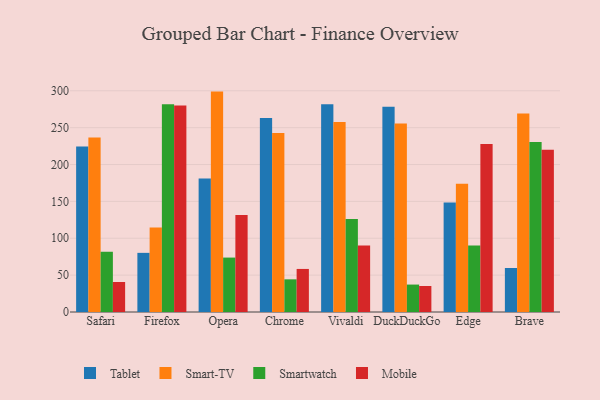
{"axis": {"x": "Browser", "y": "Conversion Rate (%)"}, "legend": ["Mobile", "Smart-TV", "Smartwatch", "Tablet"], "data": [{"x": "Safari", "y": 224.4, "type": "Tablet"}, {"x": "Safari", "y": 236.5, "type": "Smart-TV"}, {"x": "Safari", "y": 81.7, "type": "Smartwatch"}, {"x": "Safari", "y": 40.7, "type": "Mobile"}, {"x": "Firefox", "y": 80.2, "type": "Tablet"}, {"x": "Firefox", "y": 114.5, "type": "Smart-TV"}, {"x": "Firefox", "y": 281.9, "type": "Smartwatch"}, {"x": "Firefox", "y": 280.1, "type": "Mobile"}, {"x": "Opera", "y": 181.1, "type": "Tablet"}, {"x": "Opera", "y": 298.9, "type": "Smart-TV"}, {"x": "Opera", "y": 73.8, "type": "Smartwatch"}, {"x": "Opera", "y": 131.6, "type": "Mobile"}, {"x": "Chrome", "y": 263.0, "type": "Tablet"}, {"x": "Chrome", "y": 242.7, "type": "Smart-TV"}, {"x": "Chrome", "y": 44.3, "type": "Smartwatch"}, {"x": "Chrome", "y": 58.4, "type": "Mobile"}, {"x": "Vivaldi", "y": 281.9, "type": "Tablet"}, {"x": "Vivaldi", "y": 257.7, "type": "Smart-TV"}, {"x": "Vivaldi", "y": 126.0, "type": "Smartwatch"}, {"x": "Vivaldi", "y": 90.1, "type": "Mobile"}, {"x": "DuckDuckGo", "y": 278.2, "type": "Tablet"}, {"x": "DuckDuckGo", "y": 255.7, "type": "Smart-TV"}, {"x": "DuckDuckGo", "y": 37.2, "type": "Smartwatch"}, {"x": "DuckDuckGo", "y": 35.3, "type": "Mobile"}, {"x": "Edge", "y": 148.5, "type": "Tablet"}, {"x": "Edge", "y": 173.9, "type": "Smart-TV"}, {"x": "Edge", "y": 90.2, "type": "Smartwatch"}, {"x": "Edge", "y": 228.0, "type": "Mobile"}, {"x": "Brave", "y": 59.7, "type": "Tablet"}, {"x": "Brave", "y": 269.2, "type": "Smart-TV"}, {"x": "Brave", "y": 230.6, "type": "Smartwatch"}, {"x": "Brave", "y": 220.2, "type": "Mobile"}]}